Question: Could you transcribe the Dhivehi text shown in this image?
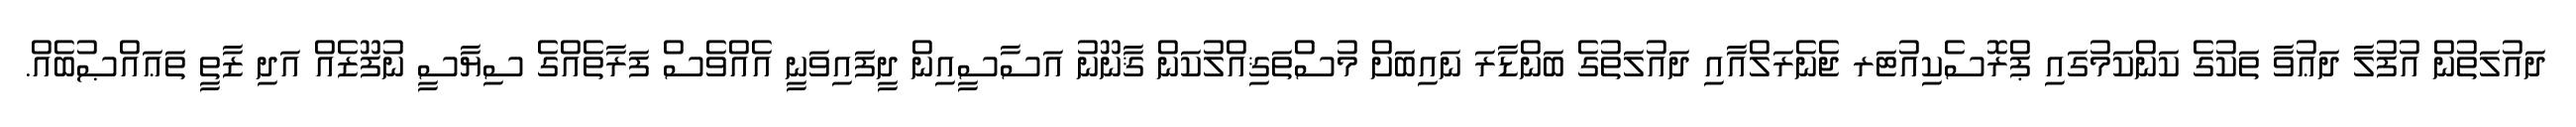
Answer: ދައުލަތުން އުފުލާ ދަޢުވާ ތަކުގެ ކަންކަމުގައި ޕްރޮސެކިއުޓަރ ޖެނެރަލްއާއި ދައުލަތުގެ ބަންޑާރަ ނައިބަށް މުސްތަޤިއްލުކަން ޤާނޫނު އަސާސީއިން ދީފައިވަނީ އެއްވެސް ފަރާތެއްގެ ސިޔާސީ ނުފޫޒެއް އަދި ޒާތީ ތަޢައްޞުބެއް.